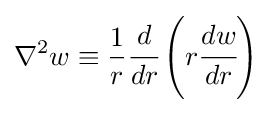
\nabla ^{2}w\equiv {\frac {1}{r}}{\cfrac {d}{dr}}\left(r{\cfrac {dw}{dr}}\right)